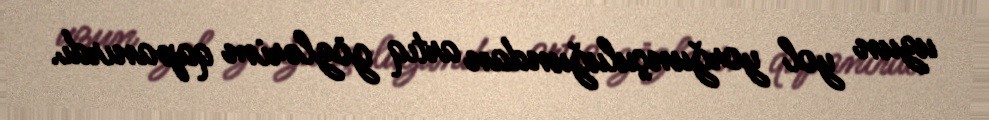
uzun yol yorğunçuluğundan artıq gözlərim qapanırdı.